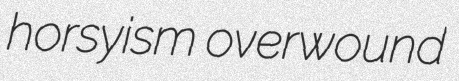
horsyism overwound